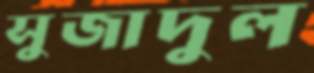
সুজাদুল